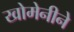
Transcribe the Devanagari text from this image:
खोमेनीने